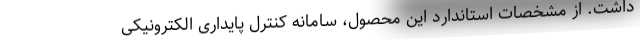
داشت. از مشخصات استاندارد این محصول، سامانه کنترل پایداری الکترونیکی